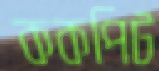
ককপিট